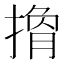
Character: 𢲍